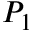
P _ { 1 }